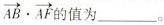
$$\overrightarrow { A B } \cdot \overrightarrow { A F }$$ 的值为___。